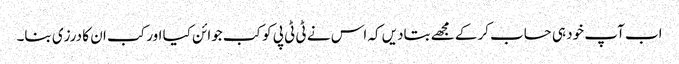
اب آپ خود ہی حساب کرکے مجھے بتادیں کہ اس نے ٹی ٹی پی کو کب جوائن کیا اور کب ان کا درزی بنا۔